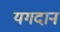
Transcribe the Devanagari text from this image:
यगदान